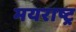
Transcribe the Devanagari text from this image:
मयराष्ट्र